Scottish Leaving Certificate Examination, 1958
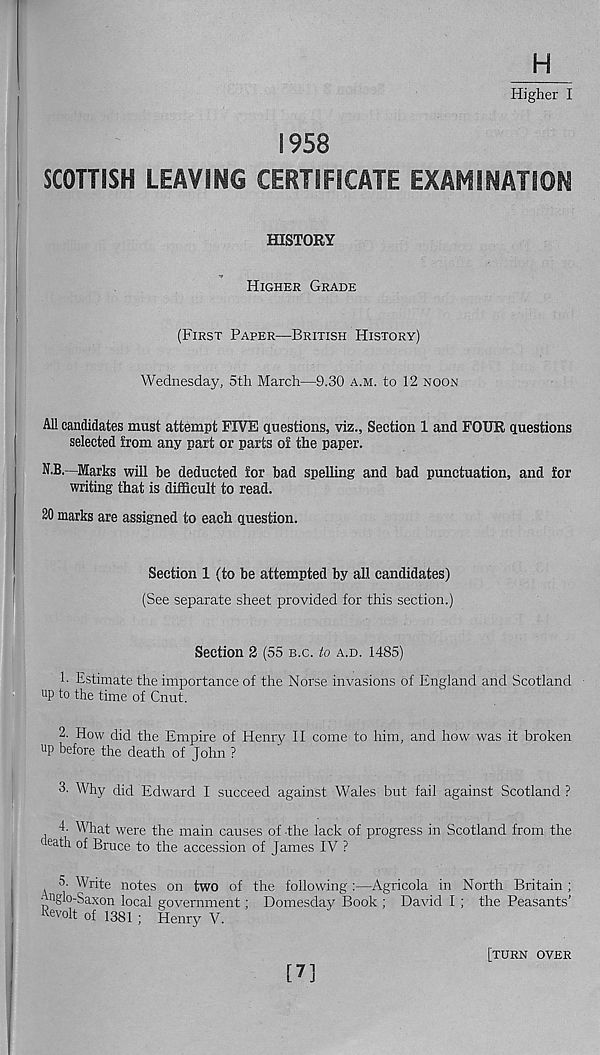
H
Higher I
1958
SCOTTISH LEAVING CERTIFICATE EXAMINATION
HISTORY
HIGHER GRADE
(FIRST PAPER—BRITISH HISTORY)
Wednesday, 5th March—9.30 A.M. to 12 NOON
All candidates must attempt FIVE questions, viz., Section 1 and FOUR questions
selected from any part or parts of the paper.
N.B.—Marks will be deducted for bad spelling and bad punctuation, and for
writing that is difficult to read.
20 marks are assigned to each question.
Section 1 (to be attempted by all candidates)
(See separate sheet provided for this section.)
Section 2 (55 B.C. to A.D. 1485)
h Estimate the importance of the Norse invasions of England and Scotland
up to the time of Cnut.
2. How did the Empire of Henry? II come to him, and how was it broken
up before the death of John ?
3. Why did Edward I succeed against Wales but fail against Scotland ?
E What were the main causes of the lack of progress in Scotland from the
death of Bruce to the accession of James IV ?
5- Write notes on two of the following :—Agricola in North Britain ;
Anglo-Saxon local government; Domesday Book ; David I ; the Peasants’
Revolt of 1381 ; Henry V.
[7]
[TURN OVER